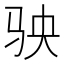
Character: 𩧫